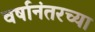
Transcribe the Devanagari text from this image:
वर्षानंतरच्या